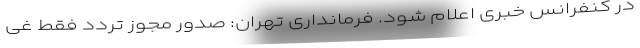
در کنفرانس خبری اعلام شود. فرمانداری تهران: صدور مجوز تردد فقط غی